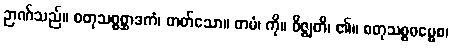
ဉာဏ်သည်။ စတုသစ္စစ္ဆာဒကံ၊ တတ်သော။ တမံ၊ ကို။ ဝိဇ္ဈတိ၊ ၏။ စတုသစ္စဓမ္မေစ၊